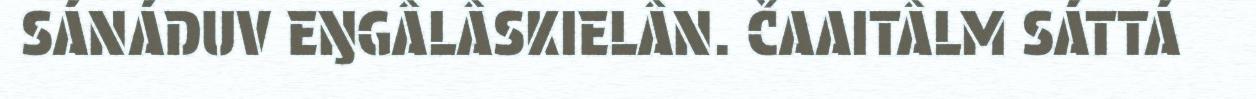
SÁNÁDUV EŊGÂLÂSKIELÂN. ČAAITÂLM SÁTTÁ